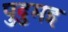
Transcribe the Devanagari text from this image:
पुदुमइ